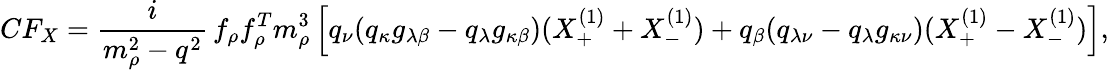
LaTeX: CF_{X}=\frac{i}{m_{\rho}^{2}-q^{2}}\, f_{\rho}f_{\rho}^{T}m_{\rho}^{3}\left[q_{\nu}(q_{\kappa}g_{\lambda\beta}-q_{\lambda}g_{\kappa\beta})(X_{+}^{(1)}+X_{-}^{(1)})+q_{\beta}(q_{\lambda\nu}-q_{\lambda}g_{\kappa\nu})(X_{+}^{(1)}-X_{-}^{(1)})\right],